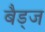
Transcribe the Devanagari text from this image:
बैड्ज